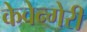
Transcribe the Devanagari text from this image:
केवेन्गेरी